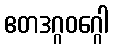
ဧတဒဂ္ဂဝဂ္ဂေါ